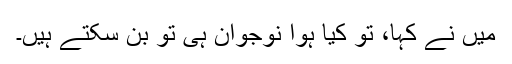
میں نے کہا، تو کیا ہوا نوجوان ہی تو بن سکتے ہیں۔